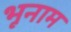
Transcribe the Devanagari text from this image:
भूनाम